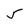
Character: 5